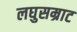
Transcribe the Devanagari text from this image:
लघुसम्राट